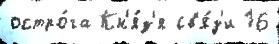
остро́га Кн'я́з'я св'я́з'и 16